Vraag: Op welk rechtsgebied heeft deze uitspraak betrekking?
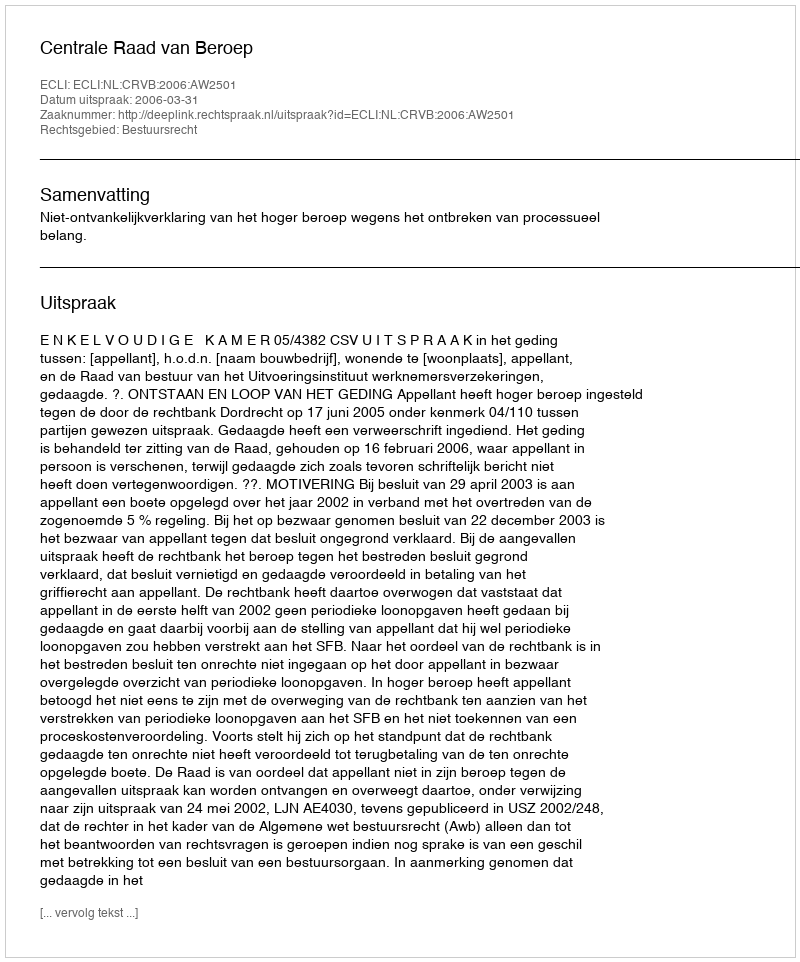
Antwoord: Bestuursrecht